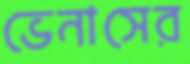
ভেনাসের